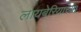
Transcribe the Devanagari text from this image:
लायबेरियाच्या